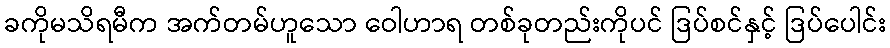
ခကိုမသိရမီက အက်တမ်ဟူသော ဝေါဟာရ တစ်ခုတည်းကိုပင် ဒြပ်စင်နှင့် ဒြပ်ပေါင်း